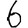
Digit: 6